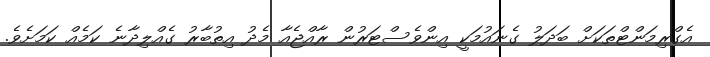
އެގްރިމަންޓްތަކަށް ބަދަލު ގެނައުމަކީ އިންވެސްޓަރުން ރާއްޖެއާ މެދު އިތުބާރު ގެއްލިދާނެ ކަމެއް ކަމަށެވެ.